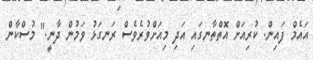
އައެމް ފައިން. ކުރިއަށް އޮތްތާނގައި އަދި މިއަށްވުރެވެސް ރަނގަޅު ވަމުން ދާނީ." މުސްކާން